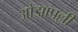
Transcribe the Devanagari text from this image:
ओझापल्ली